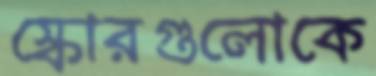
স্কোরগুলোকে